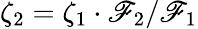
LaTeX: \zeta_{2}=\zeta_{1}\cdot\mathscr{F}_{2}/\mathscr{F}_{1}